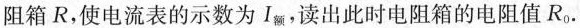
阻箱R，使电流表的示数为Ⅰ_{额}，读出此时电阻箱的电阻值R_{0}.